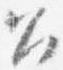
召